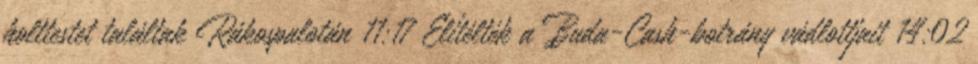
holttestet találtak Rákospalotán 11:17 Elítélték a Buda-Cash-botrány vádlottjait 14:02